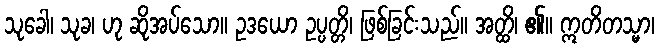
သုခေါ၊ သုခ၊ ဟု ဆိုအပ်သော။ ဥဒယော ဥပ္ပတ္တိ၊ ဖြစ်ခြင်းသည်။ အတ္ထိ၊ ၏။ ဣတိတသ္မာ၊